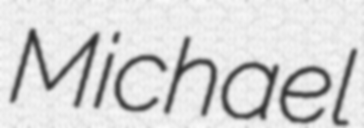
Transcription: Michael